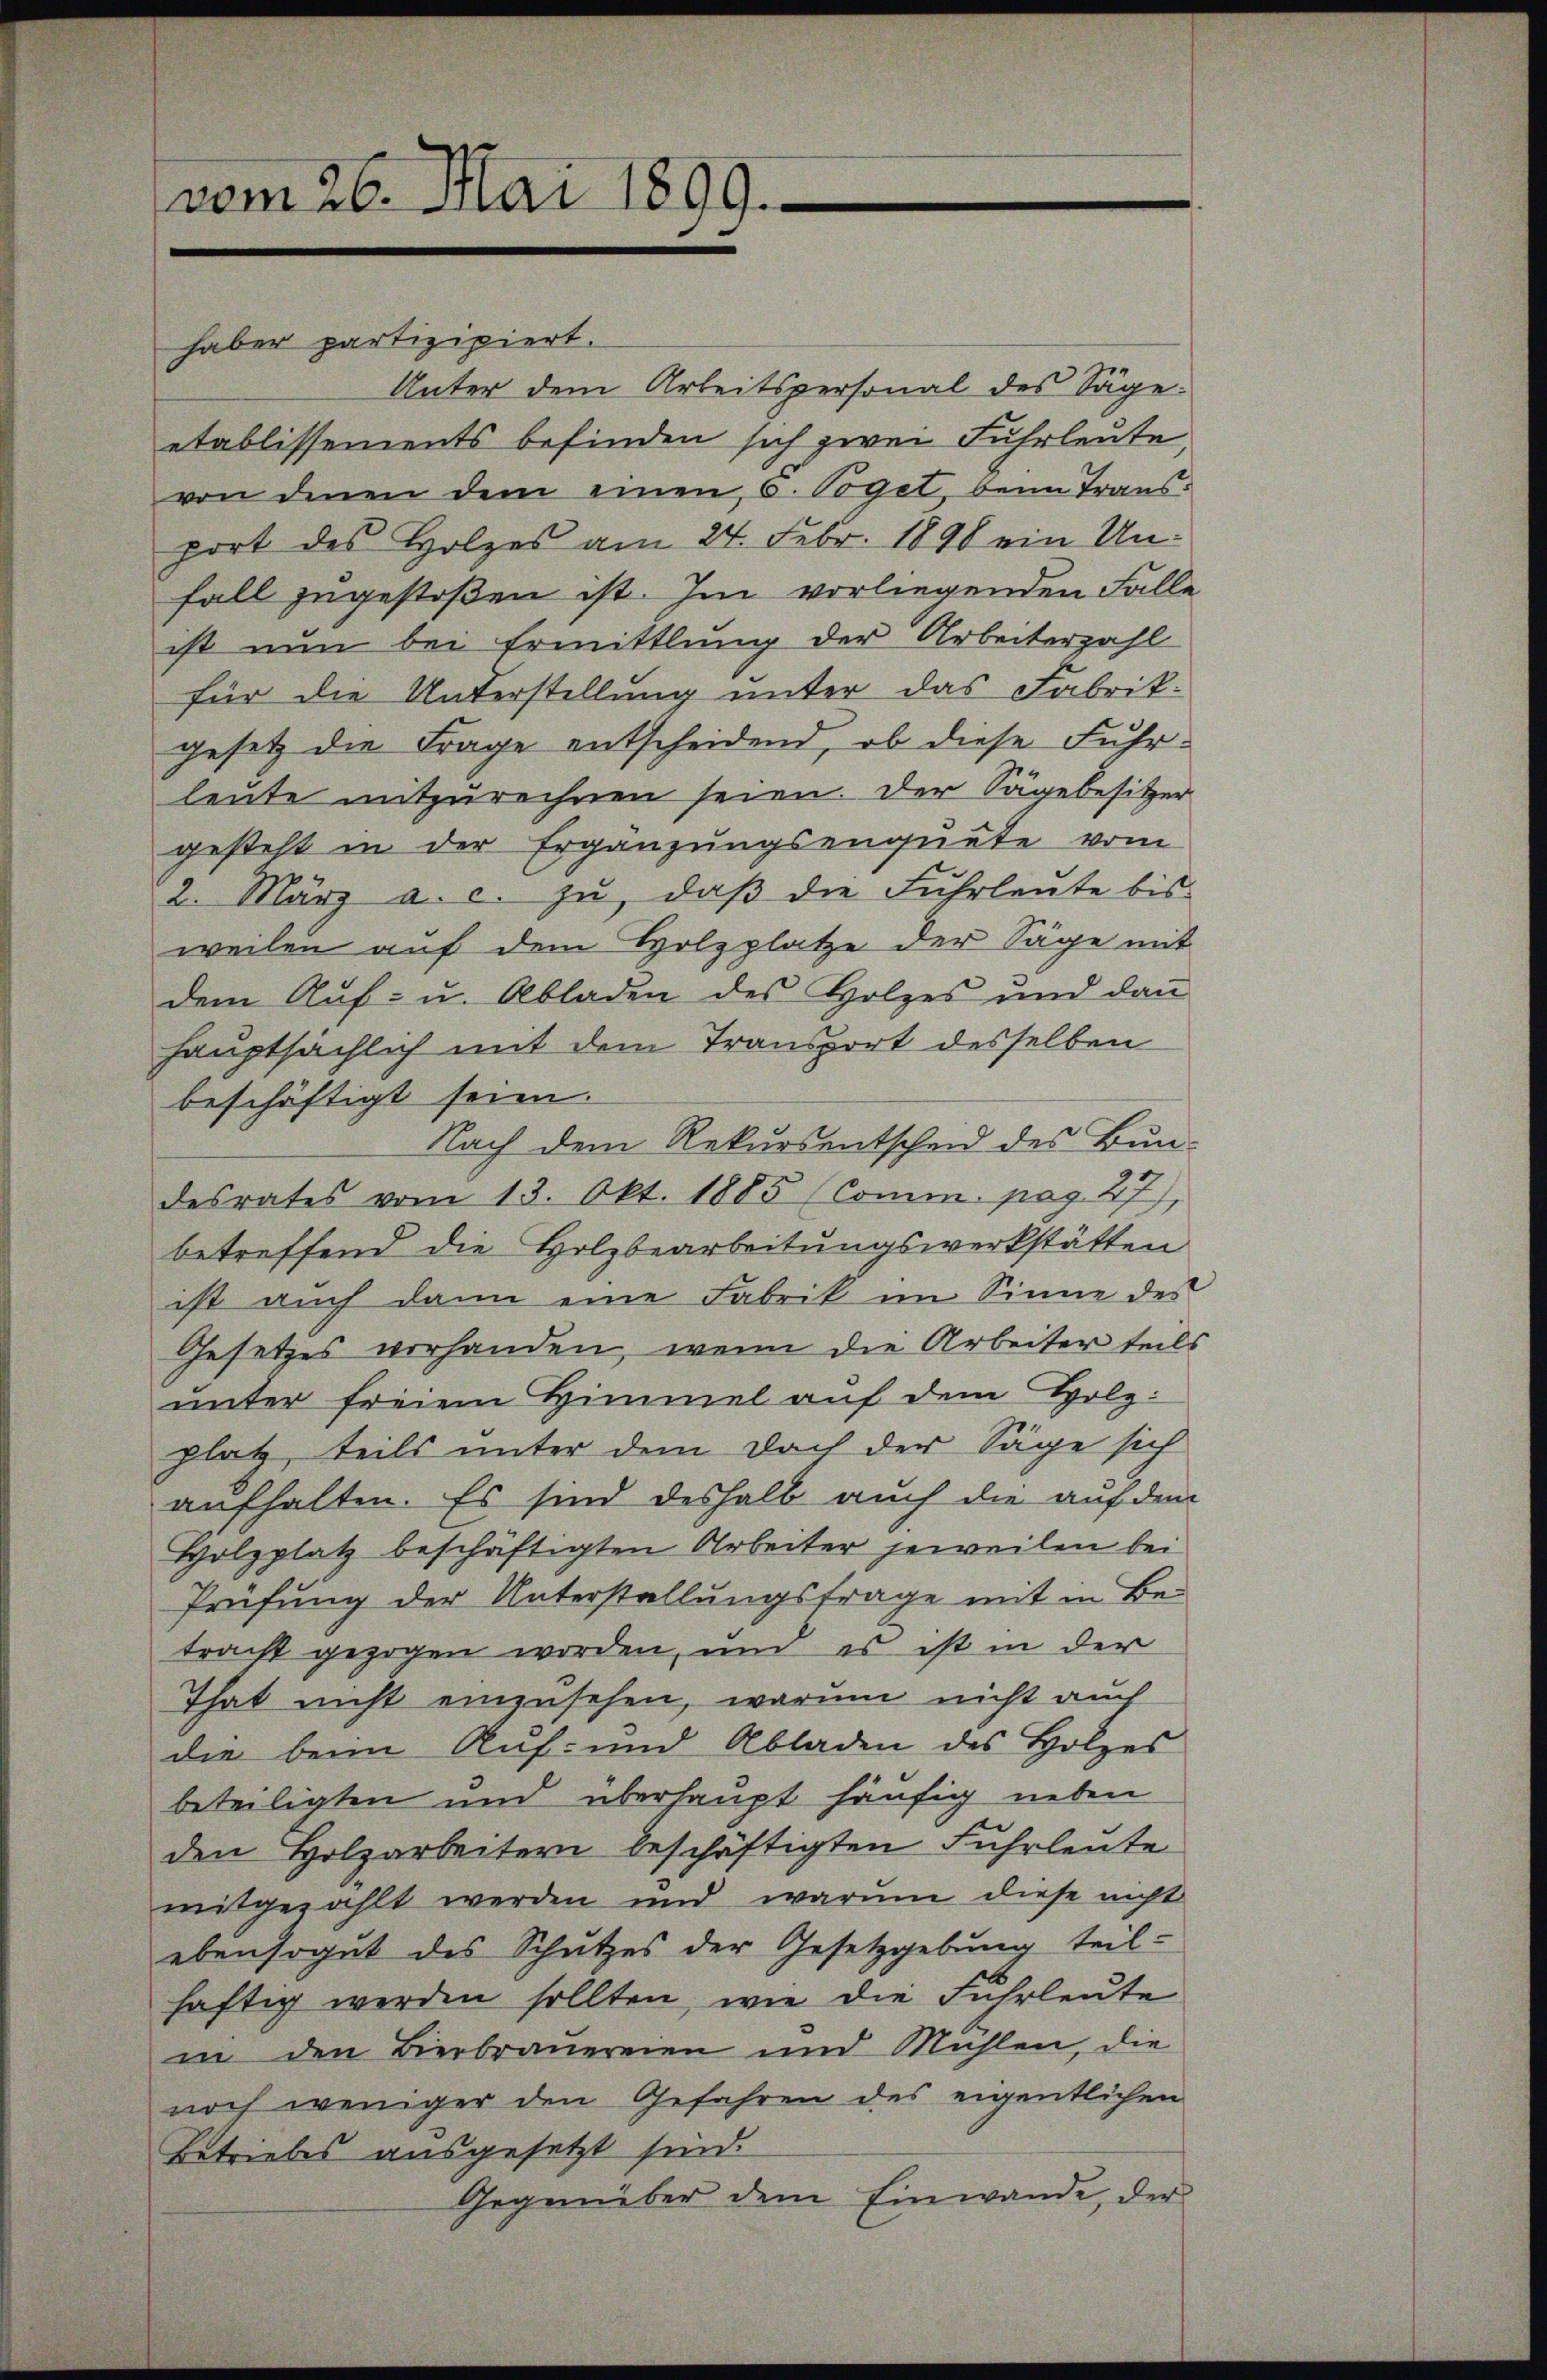
vom 26. Mai 1899.

haber partizipiert.
Unter dem Arbeitspersonal des Sägeetablissements befinden sich zwei Fuhrleute,
von denen dem einen, 6. Vogel, beim Transport des Holzes am 24. Febr. 1898 ein Unfall zugestoßen ist. Im vorliegenden Falle
ist nun bei Ermittlung der Arbeiterzahl
für die Unterstellung unter das Fabrikgesetz die Frage entscheidend, ob diese Fuhrleute mitzurechnen seien. Der Sägebesitzer
gesteht in der Ergänzungsenquate vom
2. März a. c. zŭ, daβ die Fuhrleute bis
weilen auf dem Holzplatze der Säge mit
dem Auf- u. Abladen des Holzes und dan
hauptsächlich mit dem Transport desselben
beschäftigt seien.
Nach dem Rekursentscheid des Bun-
desrates vom 13. Okt. 1885 (Comm. pag. 27),
betreffend die Holzbearbeitungswerkstätten
ist auch dann eine Fabrik im Sinne des
Gesetzes vorhanden, wenn die Arbeiter teils
unter freiem Himmel auf dem Holzplatz, teils unter dem doch der Säge sich
aufhalten. Es sind deshalb auch die auf dem
Holzplatz beschäftigten Arbeiter jeweilen bei
Prüfung der Unterstellungsfrage mit in Be-
tracht gezogen worden, und es ist in der
That nicht einen sehen, warum nicht auch
die beim Auf- und Abladen des Holzes
beteiligten und überhaupt häufig neben
den Holzarbeitern beschäftigten Fuhrleute
mitgezahlt werden und warum diese nicht
ebensogut des Schutzes der Gesetzgebung teil-
haftig werden sollten, wie die Fuhrleute
in den Bierbrauereien und Mühlen, die
noch weniger den Gefahren des eigentlichen
Betriebes ausgesetzt sind.
Gegenüber dem Einwande, der